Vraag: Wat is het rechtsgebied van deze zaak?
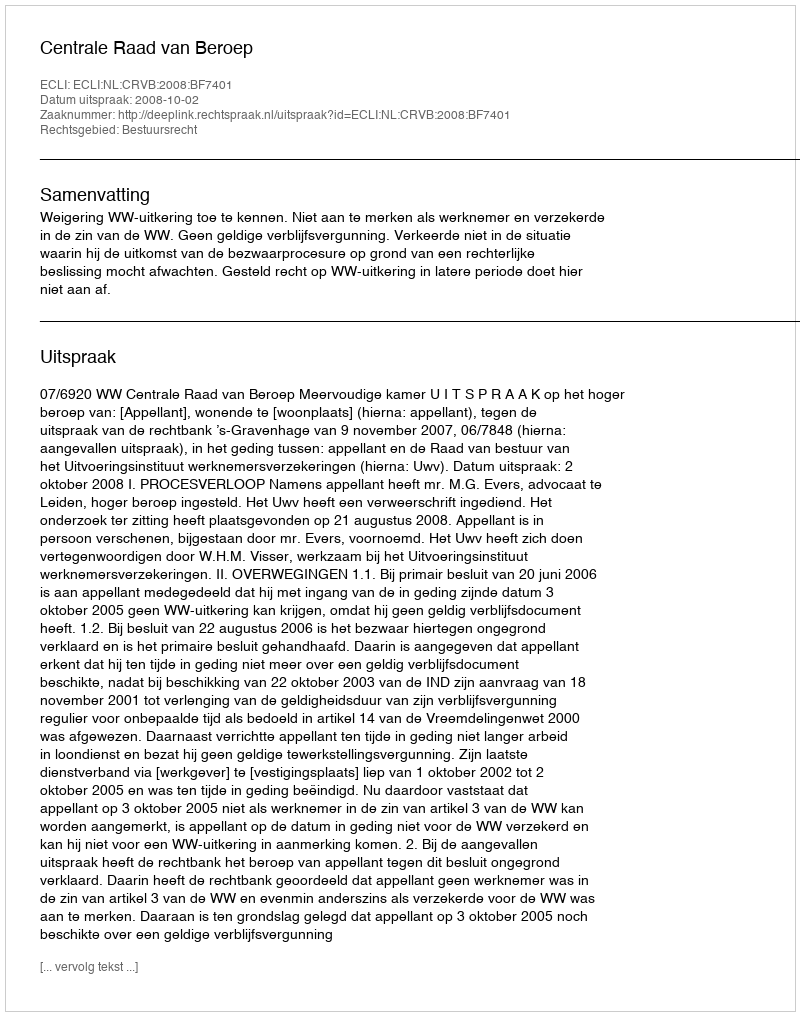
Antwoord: Bestuursrecht